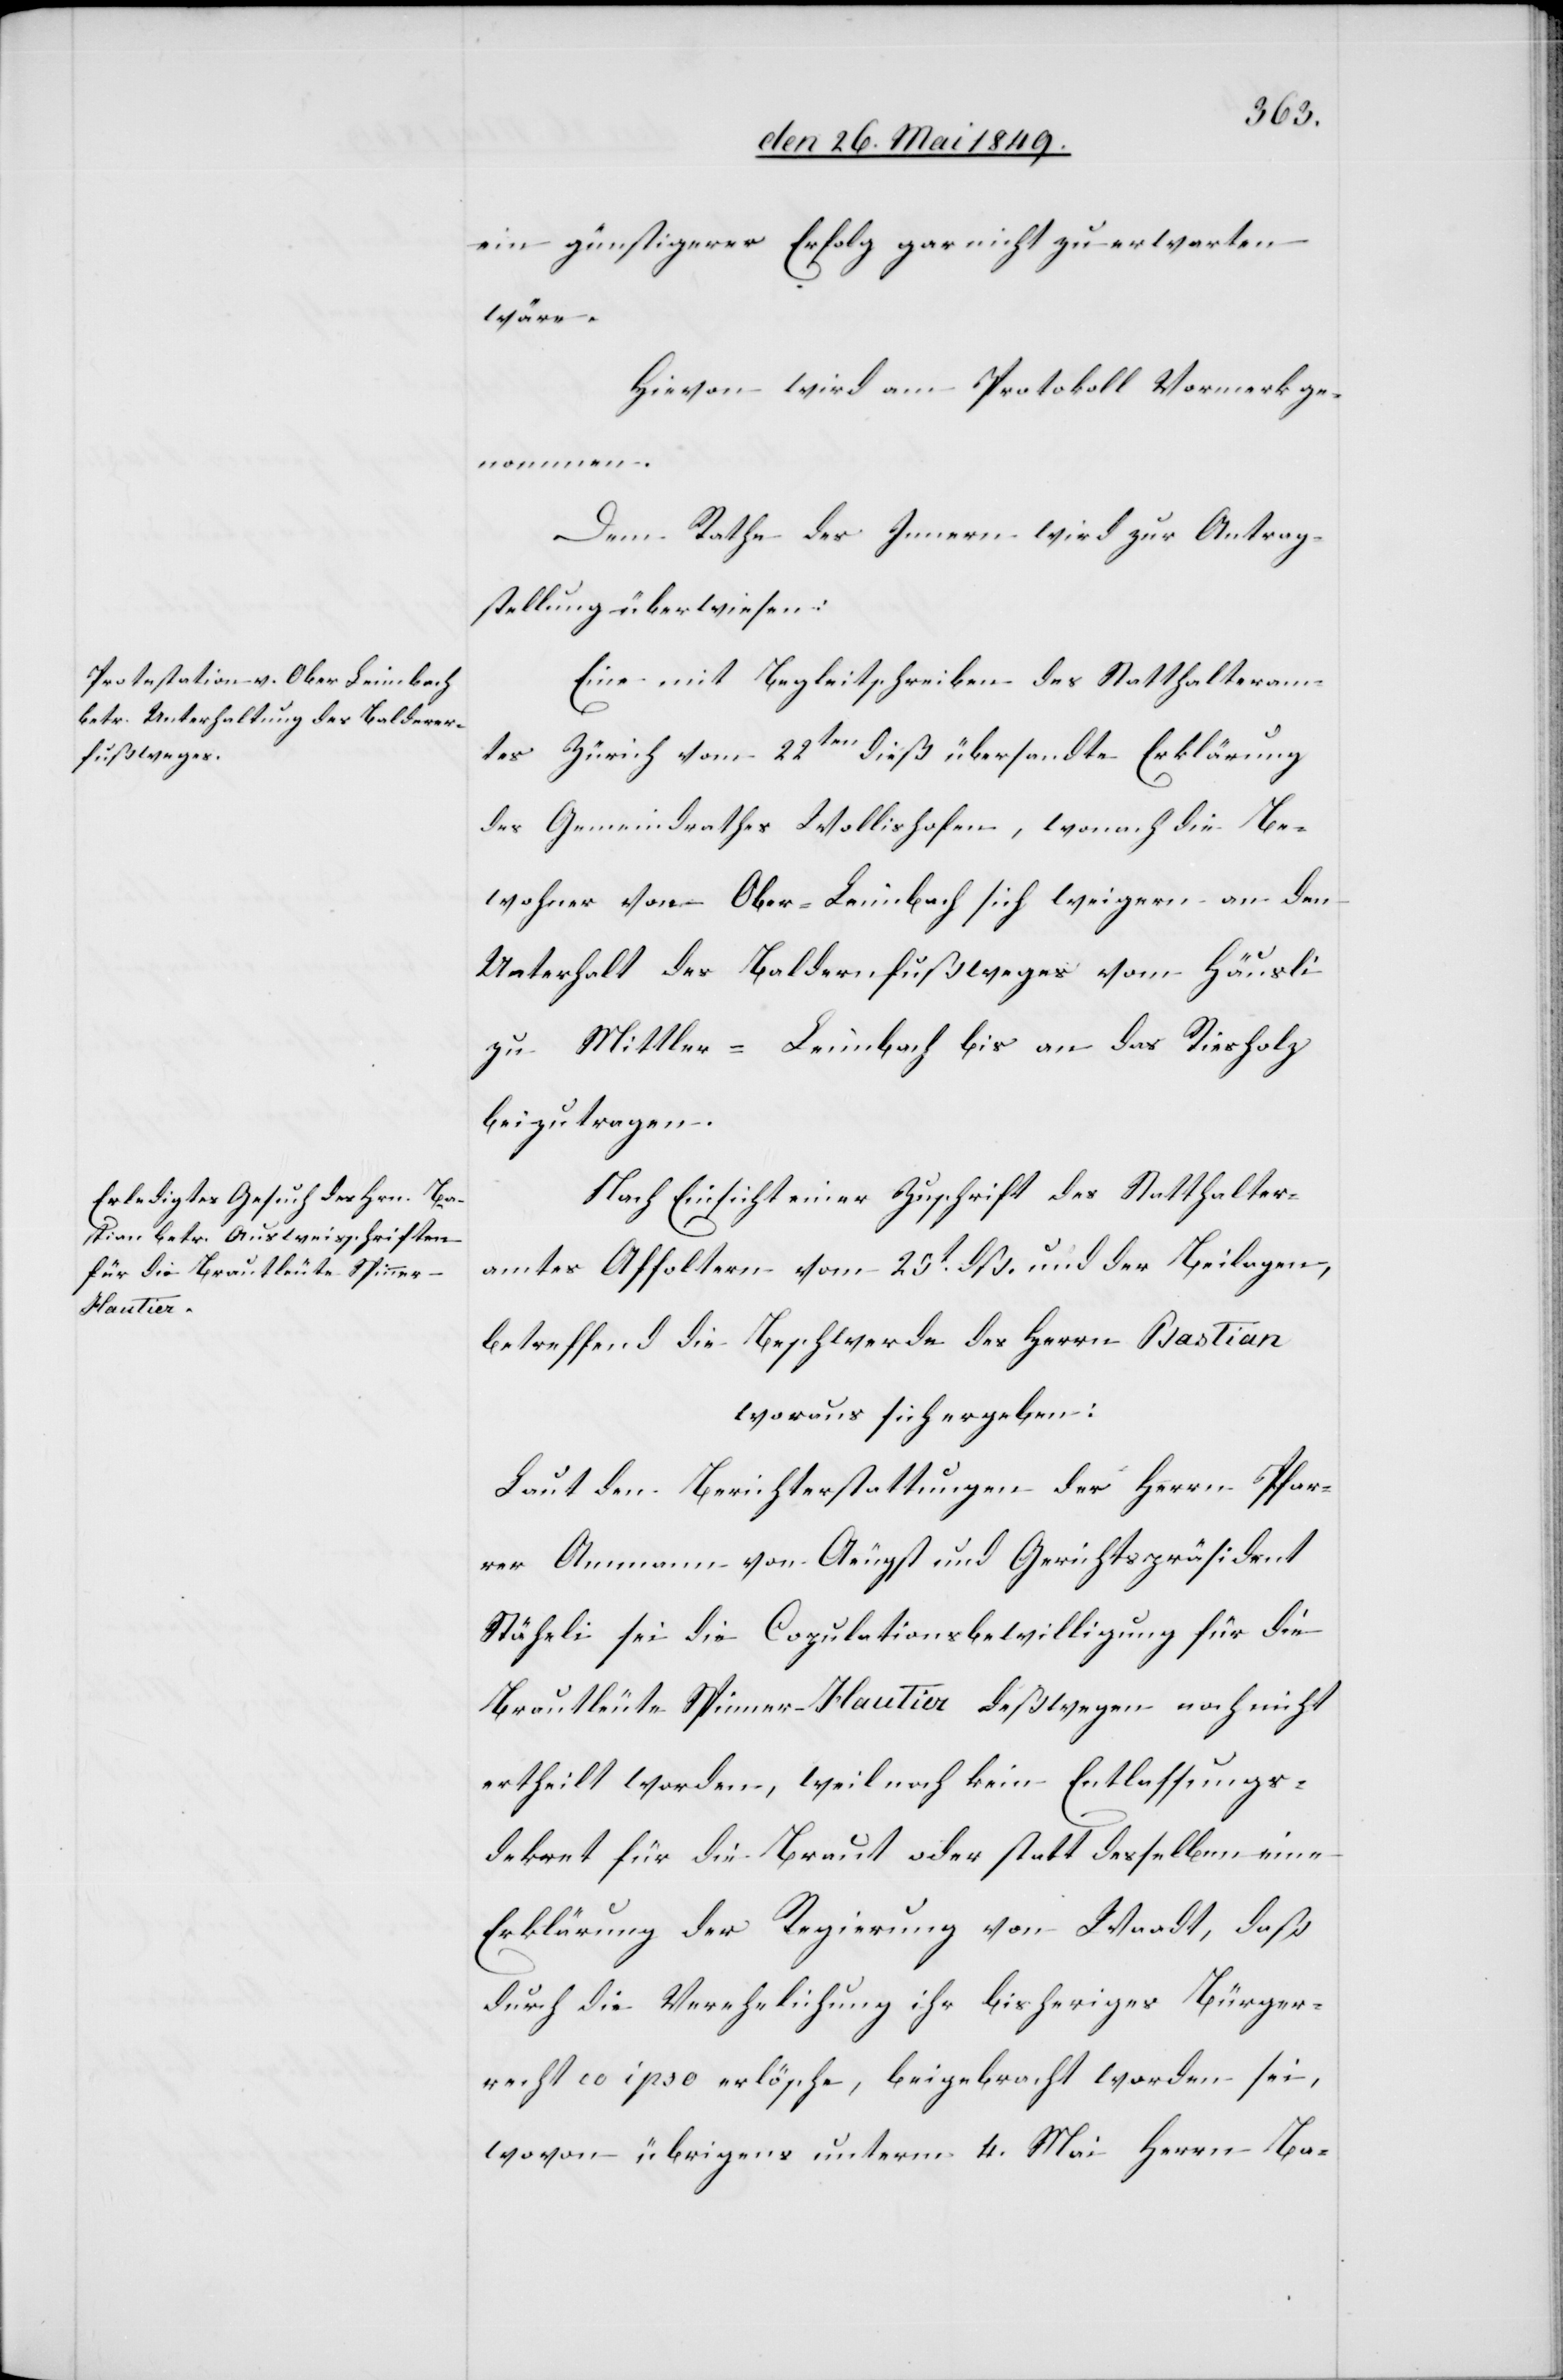
ein günstigerer Erfolg gar nicht zu erwarten
wäre.
Hievon wird am Protokoll Vormerk ge¬
nommen.
Dem Rathe des Innern wird zur Antrag¬
stellung überwiesen:
Eine mit Begleitschreiben des Statthalteram¬
tes Zürich vom 22ten dieß übersandte Erklärung
des Gemeindrathes Wollishofen, wonach die Be¬
wohner von Ober-Leimbach sich weigere an den
Unterhalt des Baldernfußweges vom Häusli
zu Mittler-Leimbach bis an das Riesholz
beizutragen.
Nach Einsicht einer Zuschrift des Statthalter¬
amtes Affoltern vom 25t dß. und der Beilagen,
betreffend die Beschwerde des Herrn Bastian
woraus sich ergeben:
Laut den Berichterstattungen der Herrn Pfar¬
rer Ammann von Aeugst und Gerichtspräsident
Stäheli sei die Copulationsbewilligung für die
Brautleute Spinner-Hautier deßwegen noch nicht
ertheilt worden, weil noch kein Entlassungs¬
dekret für die Braut oder statt desselben eine
Erklärung der Regierung von Waadt, daß
durch die Verehelichung ihr bisheriges Bürger¬
recht co ipso erlösche, beigebracht worden sei,
wovon übrigens unterm 4. Mai Herrn Ba-